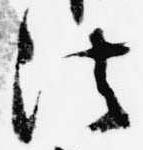
法